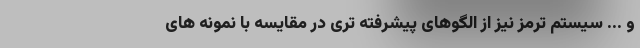
و ... سیستم ترمز نیز از الگوهای پیشرفته تری در مقایسه با نمونه های